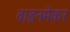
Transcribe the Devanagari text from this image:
वाइनमेकर